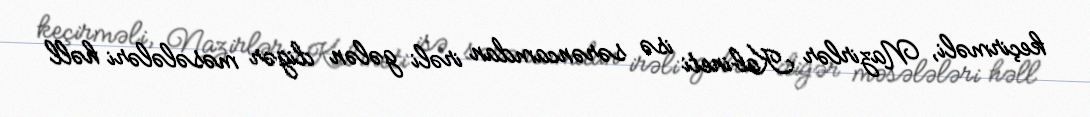
keçirməli, Nazirlər Kabineti isə sərəncamdan irəli gələn digər məsələləri həll